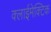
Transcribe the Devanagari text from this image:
क्लाईमेक्टिक